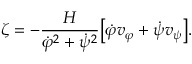
\zeta = - \frac { H } { \dot { \varphi } ^ { 2 } + \dot { \psi } ^ { 2 } } \bigl [ \dot { \varphi } v _ { \varphi } + \dot { \psi } v _ { \psi } \bigr ] .